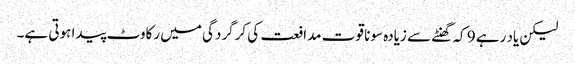
لیکن یاد رہے 9 کہ گھنٹے سے زیادہ سونا قوت مدافعت کی کرگردگی میں رکاوٹ پیدا ہوتی ہے۔